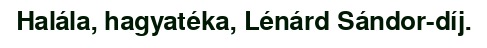
Halála, hagyatéka, Lénárd Sándor-díj.